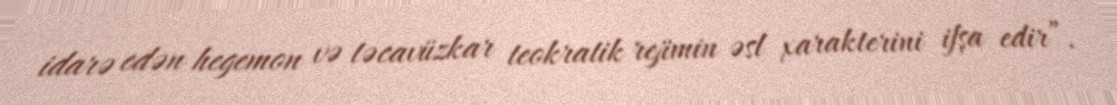
idarə edən hegemon və təcavüzkar teokratik rejimin əsl xarakterini ifşa edir”.